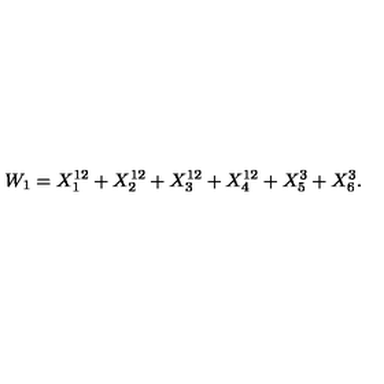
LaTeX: W _ { 1 } = X _ { 1 } ^ { 1 2 } + X _ { 2 } ^ { 1 2 } + X _ { 3 } ^ { 1 2 } + X _ { 4 } ^ { 1 2 } + X _ { 5 } ^ { 3 } + X _ { 6 } ^ { 3 } .